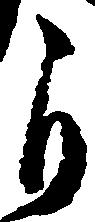
自